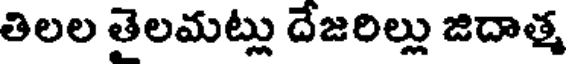
తిలల తెలమట్లు దేజరిల్లు జిదాత్మ